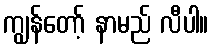
ကျွန်တော့် နာမည် လီပါ။